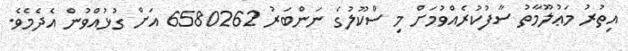
އިތުރު މަޢުލޫމާތު ސާފުކުރެއްވުމަށް މި ސްކޫލުގެ ނަންބަރު 6580262 އަށް ގުޅުއްވުން އެދެމެވެ.